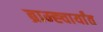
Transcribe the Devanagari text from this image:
ब्राम्ह्चार्यांत